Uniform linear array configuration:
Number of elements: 24
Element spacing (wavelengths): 0.5
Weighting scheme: hamming
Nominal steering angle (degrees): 15
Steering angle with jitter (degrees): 16.622
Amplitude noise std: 0.05
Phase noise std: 0.05

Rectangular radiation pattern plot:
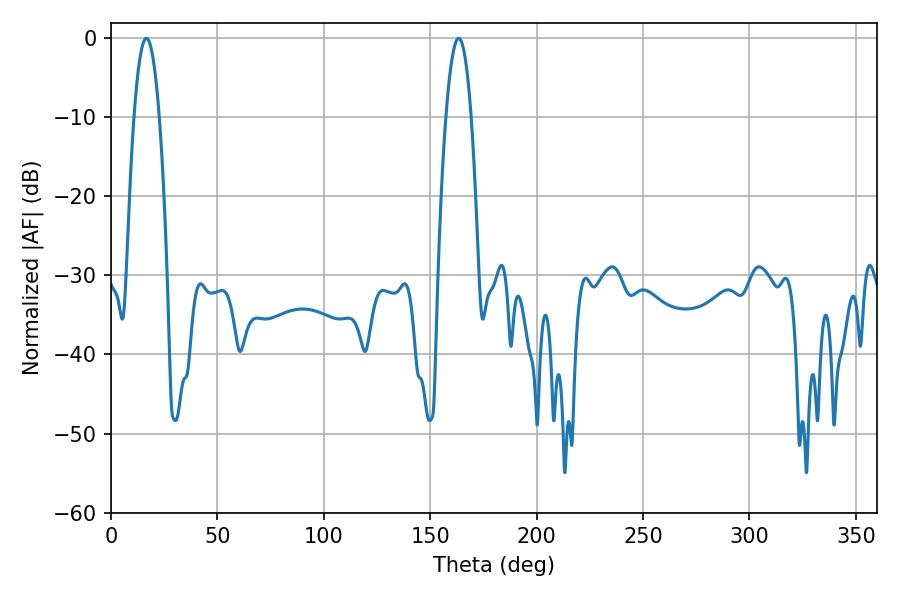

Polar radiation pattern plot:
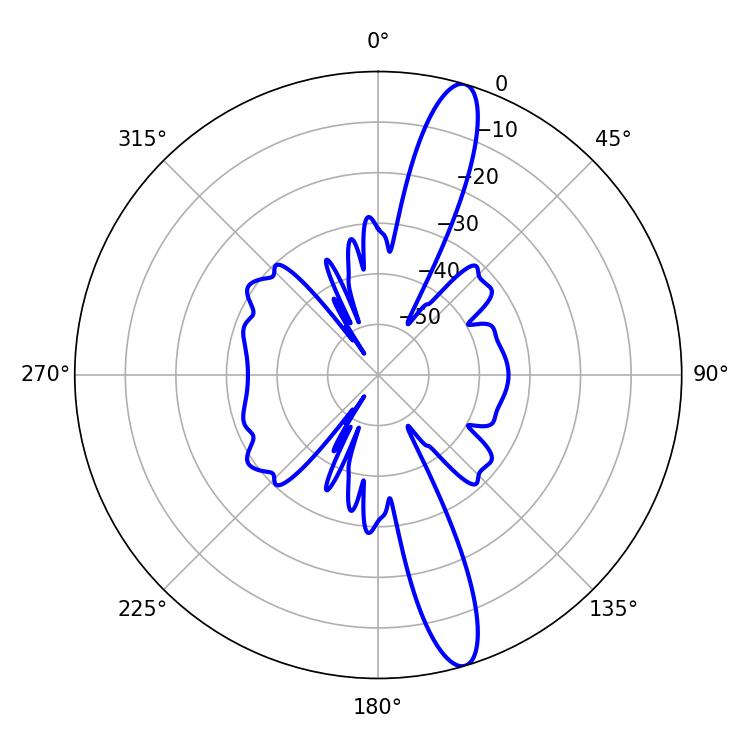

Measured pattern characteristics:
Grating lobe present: FALSE
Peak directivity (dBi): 14.555
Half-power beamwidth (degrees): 6.66
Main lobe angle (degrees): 16.56